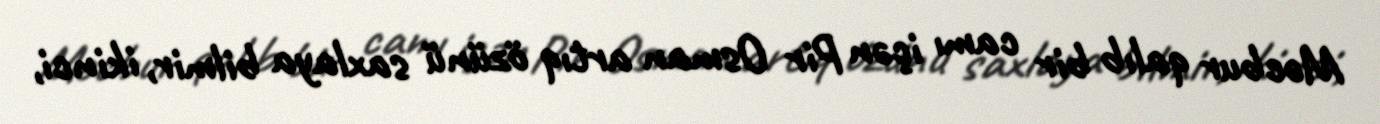
Məcbur qalıb bir camı içən Pir Osman artıq özünü saxlaya bilmir, ikinci,